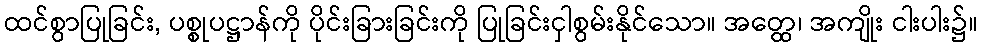
ထင်စွာပြုခြင်း, ပစ္စုပဋ္ဌာန်ကို ပိုင်းခြားခြင်းကို ပြုခြင်းငှါစွမ်းနိုင်သော။ အတ္ထေ၊ အကျိုး ငါးပါး၌။